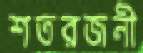
শতরজনী